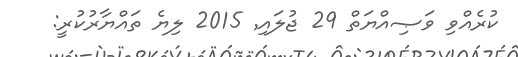
ކުރެއްވި ވަޞިއްޔަތް 29 ޖުލައި